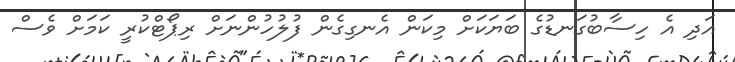
އަދި އެ ހިސާބުގަނޑުގެ ބަޔަކަށް މިކަން އެނގިގެން ފުލުހުންނަށް ރިޕޯޓްކުރީ ކަމަށް ވެސް